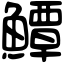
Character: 鱏